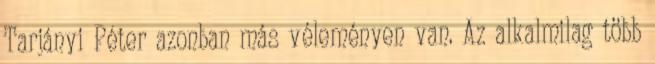
Tarjányi Péter azonban más véleményen van. Az alkalmilag több